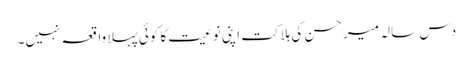
دس سالہ میر حسن کی ہلاکت اپنی نوعیت کا کوئی پہلا واقعہ نہیں۔